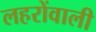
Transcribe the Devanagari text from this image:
लहरोंवाली